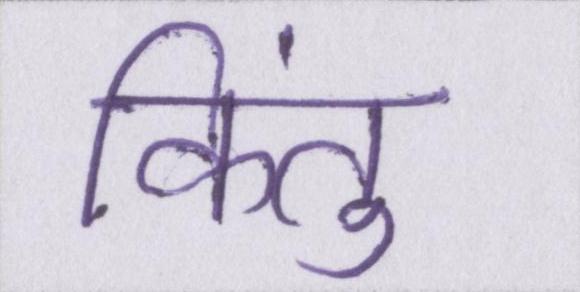
किंतु